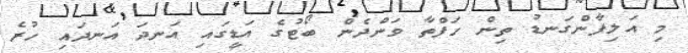
މި އަލިފާންގަނޑު ތިން ހަފްތާ ވަންދެން ބޯޓުގެ އަޑީގައި އަނދަ އަނދައި ހުރެ